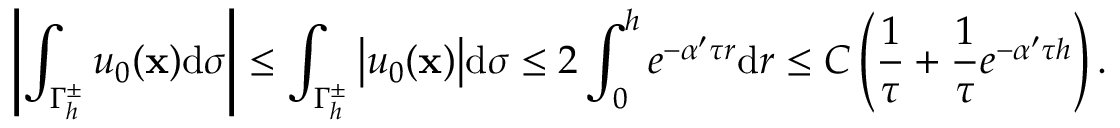
\left| { \int _ { \Gamma _ { h } ^ { \pm } } { { u _ { 0 } } ( \bf x ) } \mathrm d \sigma } \right| \leq \int _ { \Gamma _ { h } ^ { \pm } } { \left| { { u _ { 0 } } ( \bf x ) } \right| } \mathrm d \sigma \leq 2 \int _ { 0 } ^ { h } { { e ^ { - \alpha ^ { \prime } \tau r } } } \mathrm d r \leq C \left( { \frac { 1 } { \tau } } + { \frac { 1 } { \tau } } { e ^ { - \alpha ^ { \prime } \tau h } } \right) .